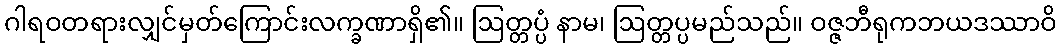
ဂါရဝတရားလျှင်မှတ်ကြောင်းလက္ခဏာရှိ၏။ ဩတ္တပ္ပံ နာမ၊ ဩတ္တပ္ပမည်သည်။ ဝဇ္ဇဘီရုကဘယဒဿာဝိ